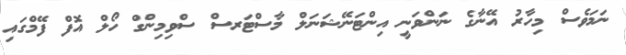
ނަމަވެސް މިހާރު އޭނާގެ ނަންވަނީ އިންޓަނޭޝަނަލް މާސްޓަރސް ސްވިމިންގް ހޯލް އޮފް ފޭމްގައި